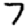
Digit: 7